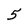
Character: 5